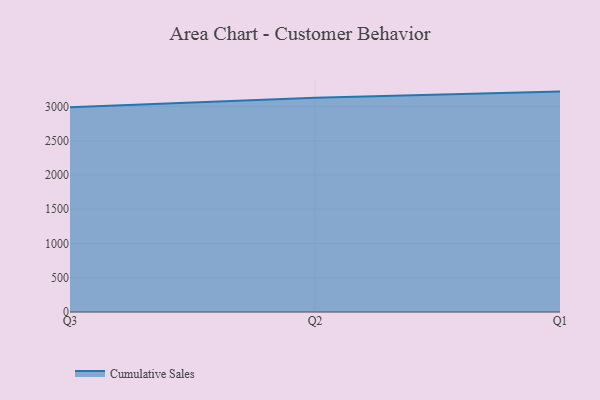
{"axis": {"x": "Quarter", "y": "Waste Production (Tons)"}, "legend": ["Cumulative Sales"], "data": [{"x": "Q3", "y": 2987.7, "type": "Cumulative Sales"}, {"x": "Q2", "y": 3129.2, "type": "Cumulative Sales"}, {"x": "Q1", "y": 3217.3, "type": "Cumulative Sales"}]}